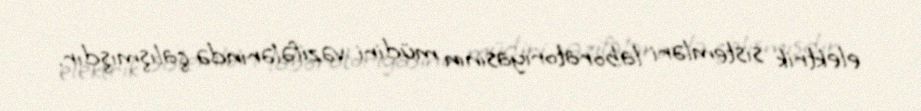
elektrik sistemləri laboratoriyasının müdiri vəzifələrində çalışmışdır.